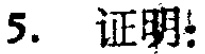
5. 证明：